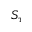
S _ { \tau }